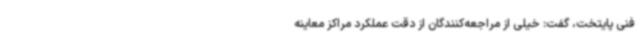
فنی پایتخت، گفت: خیلی از مراجعه‌کنندگان از دقت عملکرد مراکز معاینه